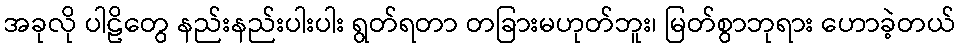
အခုလို ပါဠိတွေ နည်းနည်းပါးပါး ရွတ်ရတာ တခြားမဟုတ်ဘူး၊ မြတ်စွာဘုရား ဟောခဲ့တယ်